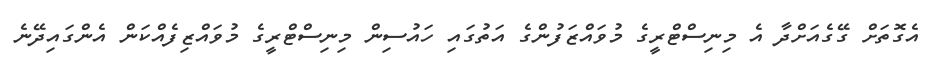
އެގޮތަށް ގޭގެއަށްދާ އެ މިނިސްޓްރީގެ މުވައްޒަފުންގެ އަތުގައި ހައުސިން މިނިސްޓްރީގެ މުވައްޒިފެއްކަން އެންގައިދޭނެ